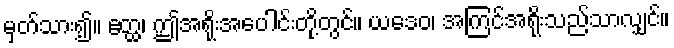
မှတ်သား၍။ ဧတ္ထ၊ ဤအရိုးအပေါင်းတို့တွင်။ ယဒေဝ၊ အကြင်အရိုးသည်သာလျှင်။